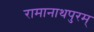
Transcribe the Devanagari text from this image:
रामानाथपुरम्